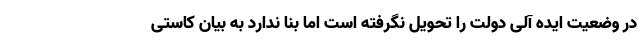
در وضعیت ایده آلی دولت را تحویل نگرفته است اما بنا ندارد به بیان کاستی